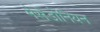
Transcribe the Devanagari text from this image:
मेसेडोनियन